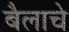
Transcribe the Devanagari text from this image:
बैलाचे